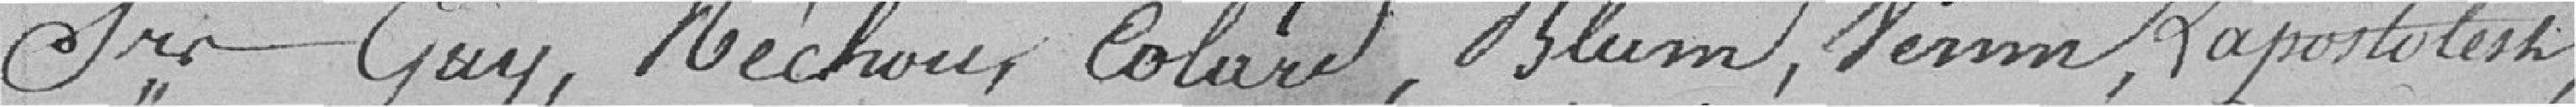
Srs Guy, Réchou, Colard, Blum, Vernin, Lapostolest,